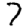
Digit: 7